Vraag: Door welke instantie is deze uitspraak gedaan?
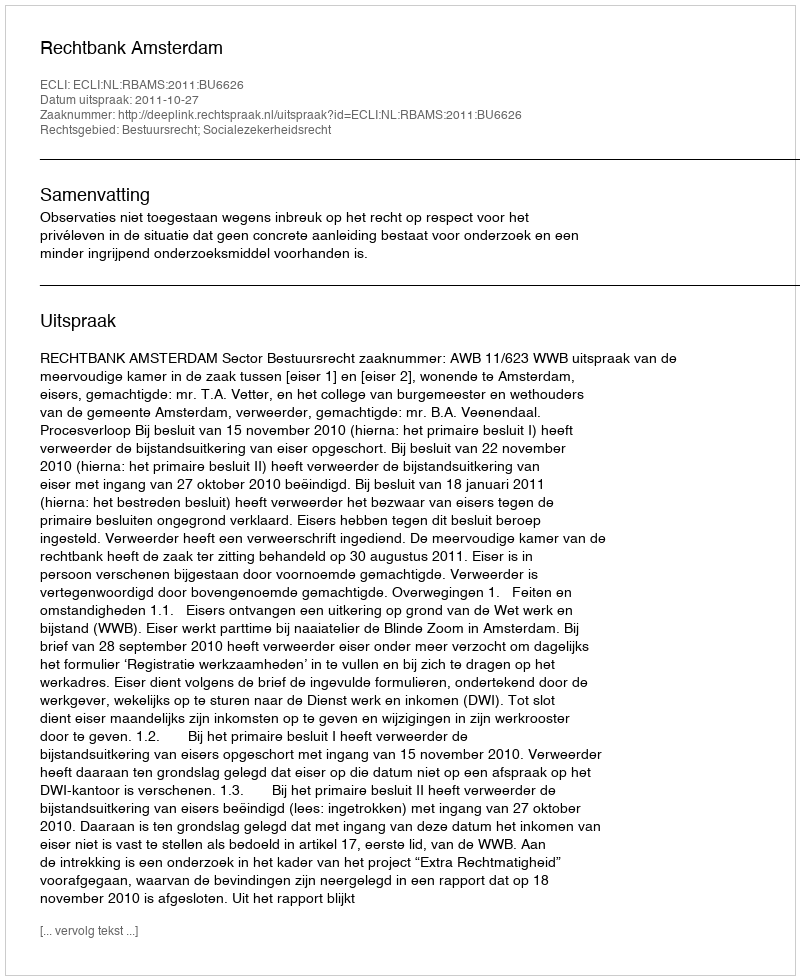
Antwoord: Rechtbank Amsterdam